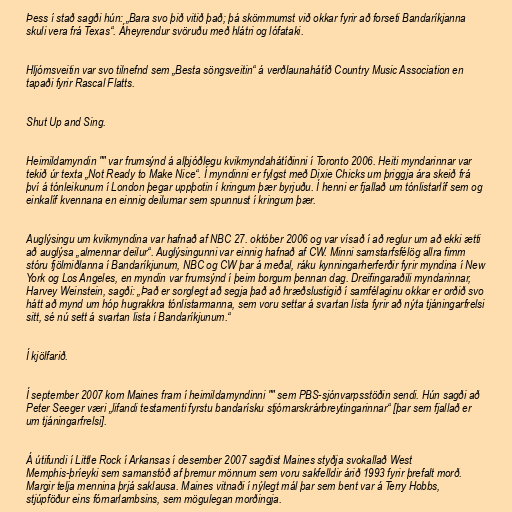
Þess í stað sagði hún: „Bara svo þið vitið það; þá skömmumst við okkar fyrir að forseti Bandaríkjanna
skuli vera frá Texas“. Áheyrendur svöruðu með hlátri og lófataki.

Hljómsveitin var svo tilnefnd sem „Besta söngsveitin“ á verðlaunahátíð Country Music Association en
tapaði fyrir Rascal Flatts.

Shut Up and Sing.

Heimildamyndin "" var frumsýnd á alþjóðlegu kvikmyndahátíðinni í Toronto 2006. Heiti myndarinnar var
tekið úr texta „Not Ready to Make Nice“. Í myndinni er fylgst með Dixie Chicks um þriggja ára skeið frá
því á tónleikunum í London þegar uppþotin í kringum þær byrjuðu. Í henni er fjallað um tónlistarlíf sem og
einkalíf kvennana en einnig deilurnar sem spunnust í kringum þær.

Auglýsingu um kvikmyndina var hafnað af NBC 27. október 2006 og var vísað í að reglur um að ekki ætti
að auglýsa „almennar deilur“. Auglýsingunni var einnig hafnað af CW. Minni samstarfsfélög allra fimm
stóru fjölmiðlanna í Bandaríkjunum, NBC og CW þar á meðal, ráku kynningarherferðir fyrir myndina í New
York og Los Angeles, en myndin var frumsýnd í þeim borgum þennan dag. Dreifingaraðili myndarinnar,
Harvey Weinstein, sagði: „Það er sorglegt að segja það að hræðslustigið í samfélaginu okkar er orðið svo
hátt að mynd um hóp hugrakkra tónlistarmanna, sem voru settar á svartan lista fyrir að nýta tjáningarfrelsi
sitt, sé nú sett á svartan lista í Bandaríkjunum.“

Í kjölfarið.

Í september 2007 kom Maines fram í heimildamyndinni "" sem PBS-sjónvarpsstöðin sendi. Hún sagði að
Peter Seeger væri „lifandi testamenti fyrstu bandarísku stjórnarskrárbreytingarinnar“ [þar sem fjallað er
um tjáningarfrelsi].

Á útifundi í Little Rock í Arkansas í desember 2007 sagðist Maines styðja svokallað West
Memphis-þríeyki sem samanstóð af þremur mönnum sem voru sakfelldir árið 1993 fyrir þrefalt morð.
Margir telja mennina þrjá saklausa. Maines vitnaði í nýlegt mál þar sem bent var á Terry Hobbs,
stjúpföður eins fórnarlambsins, sem mögulegan morðingja.